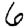
Digit: 6